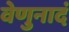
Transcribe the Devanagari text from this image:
वेणुनादं